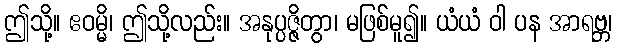
ဤသို့။ ဧဝမ္မိ၊ ဤသို့လည်း။ အနုပ္ပဇ္ဇိတွာ၊ မဖြစ်မူ၍။ ယံယံ ဝါ ပန အာရဗ္ဘ၊